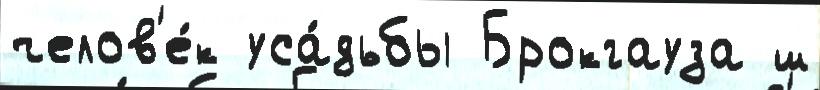
челов'е́к уса́дьбы Брокгауза ш